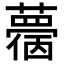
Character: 𧁌